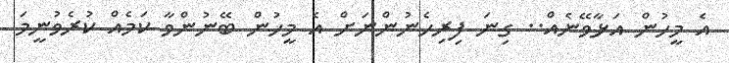
އެ މީހުން އަޅާވޭނެއް.. ގިނަ ފިރިހެނުންނަށް އެ މީހުން ބޭނުންވާ ކަމެއް ކުރެވުނީމަ